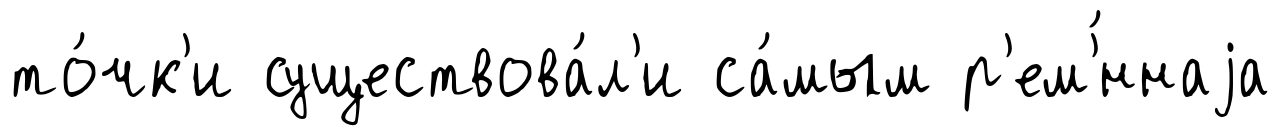
то́чк'и существова́л'и са́мым р'ем'́ннаjа